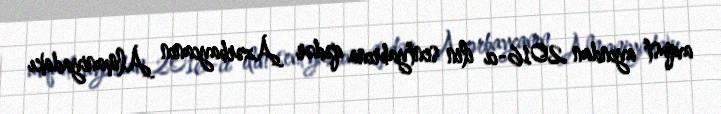
avqust ayından 2016-cı ilin sentyabrına qədər Azərbaycanın Almaniyadakı